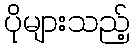
ပိုများသည့်